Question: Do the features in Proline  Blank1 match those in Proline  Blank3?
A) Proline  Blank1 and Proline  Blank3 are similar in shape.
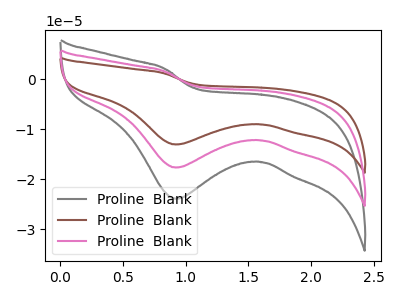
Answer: <think>The gray curve "Proline  Blank1" has a cathodic peak at: (0.90V, -23.90uA). The brown curve "Proline  Blank2" has a cathodic peak at: (0.90V, -35.30uA). The pink curve "Proline  Blank3" has a cathodic peak at: (0.90V, -17.65uA).
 All the peaks in "Proline  Blank1" have a peak in "Proline  Blank3" at the same potential. Every peak in "Proline  Blank1" is higher than every peak in "Proline  Blank3".</think>
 <answer>A) "Proline  Blank1" and "Proline  Blank3" are similar in shape.</answer>
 <eval>A</eval>